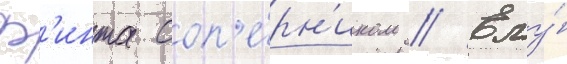
ф'инта соп'е́рн'иком // Ему́